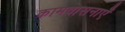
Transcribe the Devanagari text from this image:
कामवासनाएँ